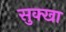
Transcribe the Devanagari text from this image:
सुक्खा